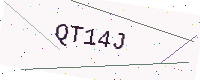
Text: QT14J